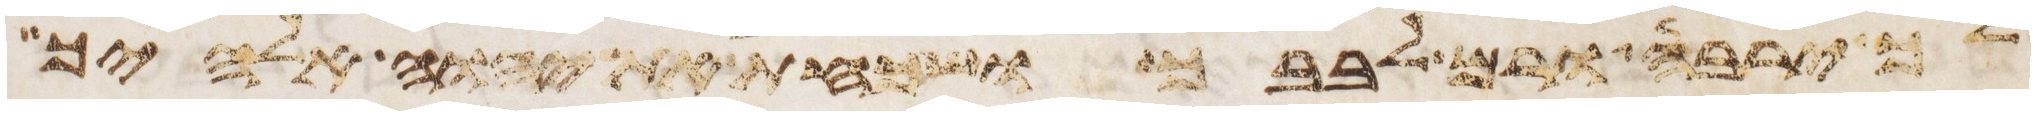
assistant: לך ירבה ורם לבבך ושכחת את יהוה אלהיך